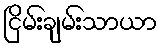
ငြိမ်းချမ်းသာယာ